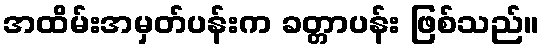
အထိမ်းအမှတ်ပန်းက ခတ္တာပန်း ဖြစ်သည်။